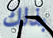
بذلك